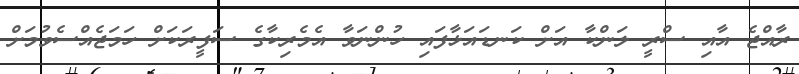
ރާއްޖެ އާއި ސްރީ ލަންކާ އަށް ކަނޑައަޅާފައި ހުންނަވާ އެމެރިކާގެ ސަފީރަކަށް ހަމަޖެއްސެވުމަށް